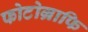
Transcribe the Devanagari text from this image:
फोटोग्राफि